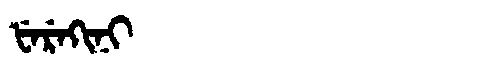
Manchu: ᡶᡝᡵᡝᡴᡳᠨᡳ
Romanization: FEREKINI